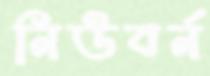
নিউবর্ন